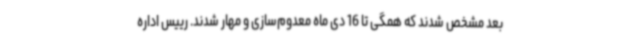
بعد مشخص شدند که همگی تا 16 دی ماه معدوم‌سازی و مهار شدند. رییس اداره